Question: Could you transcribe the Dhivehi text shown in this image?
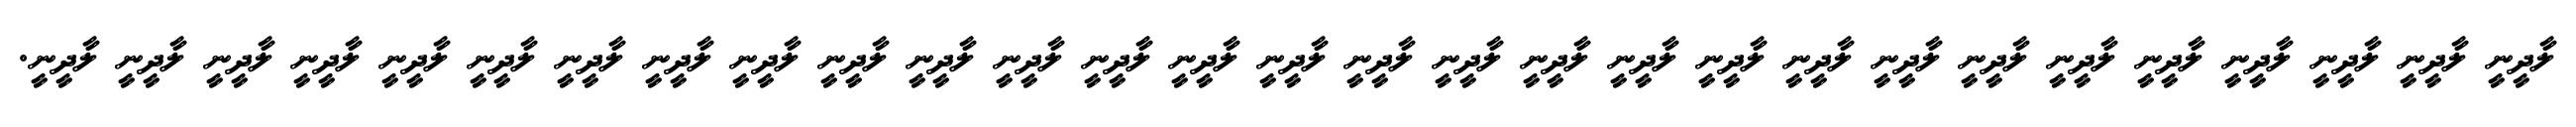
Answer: ލާދީނީ ލާދީނީ ލާދީނީ ލާދީނީ ލާދީނީ ލާދީނީ ލާދީނީ ލާދީނީ ލާދީނީ ލާދީނީ ލާދީނީ ލާދީނީ ލާދީނީ ލާދީނީ ލާދީނީ ލާދީނީ ލާދީނީ ލާދީނީ ލާދީނީ ލާދީނީ ލާދީނީ ލާދީނީ ލާދީނީ ލާދީނީ ލާދީނީ ލާދީނީ ލާދީނީ ލާދީނީ ލާދީނީ.